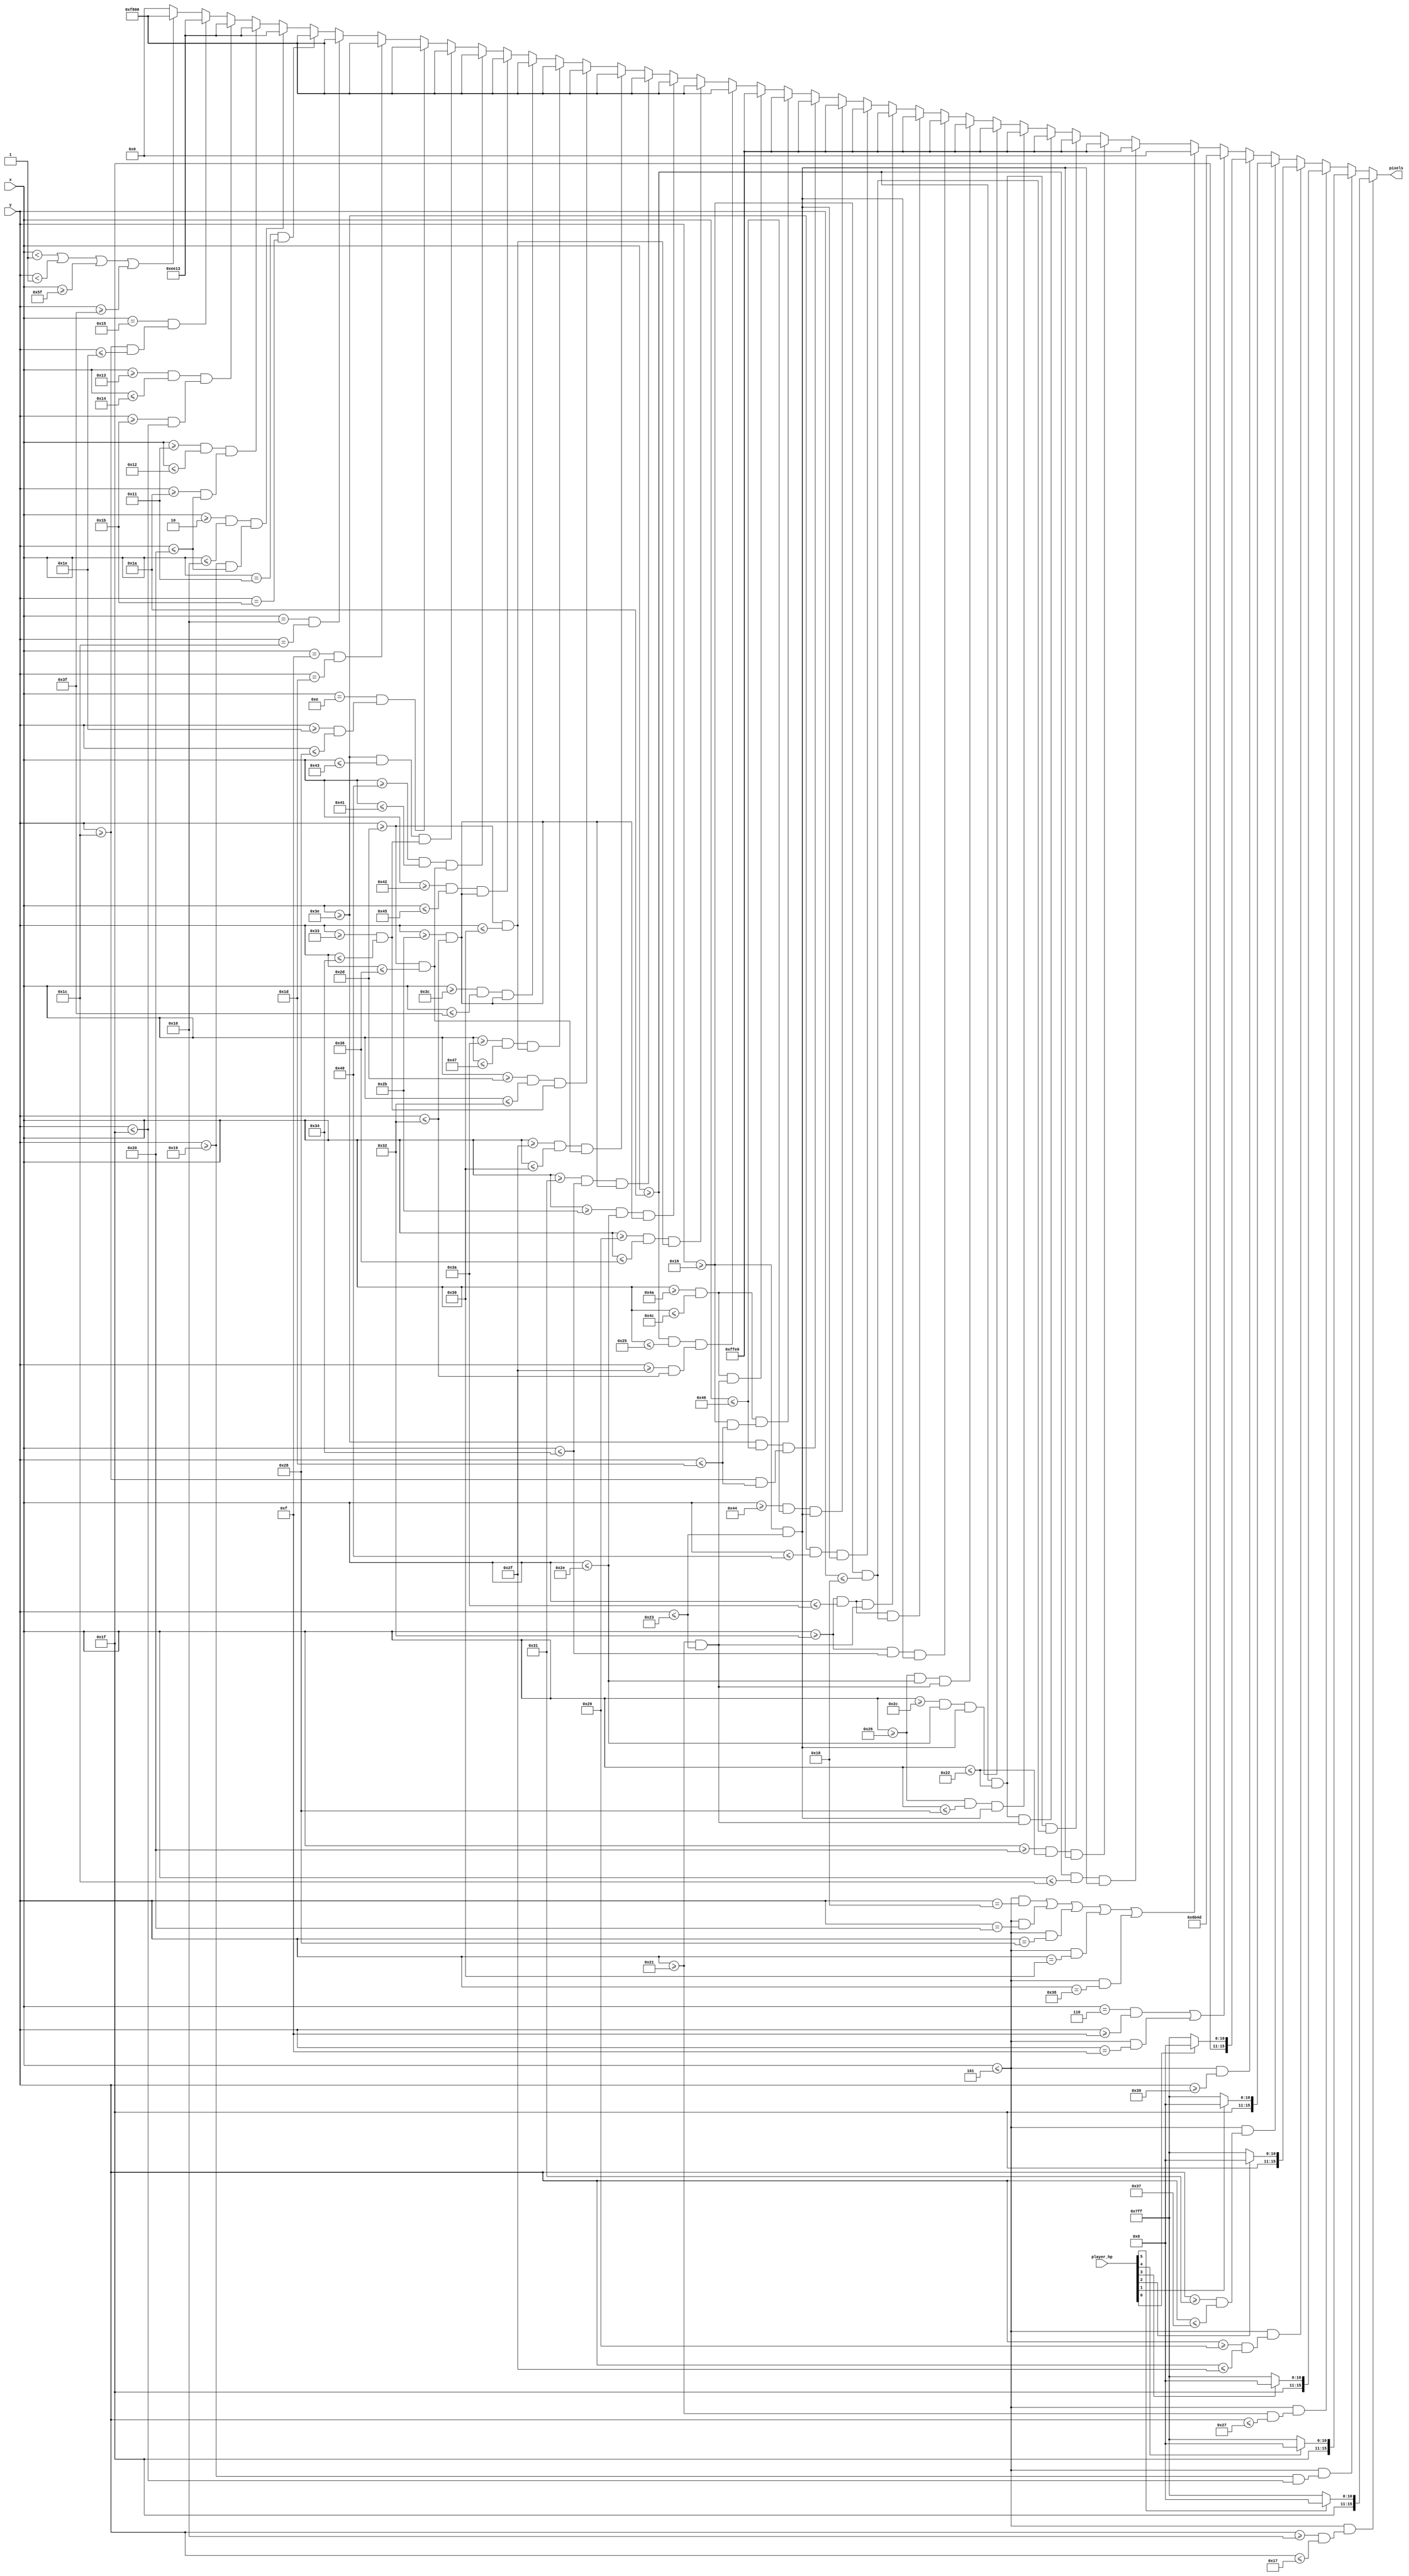
`timescale 1ns / 1ps
//////////////////////////////////////////////////////////////////////////////////
// Company: 
// Engineer: 
// 
// Design Name: 
// Module Name: trap
// Project Name: 
// Target Devices: 
// Tool Versions: 
// Description: 
// 
// Dependencies: 
// 
// Revision:
// Revision 0.01 - File Created
// Additional Comments:
// 
//////////////////////////////////////////////////////////////////////////////////


module trap(
    input [6:0] x,
    input [5:0] y,
    input [5:0] player_hp,
    output reg [15:0] pixels
);

    always @ (*) begin
        // player hp
             if ((x <= 5) && (y >= 16 && y <= 23)) pixels = (player_hp[5]) ? 16'hF800 : 16'hFFFF;
        else if ((x <= 5) && (y >= 25 && y <= 31)) pixels = (player_hp[4]) ? 16'hF800 : 16'hFFFF;
        else if ((x <= 5) && (y >= 33 && y <= 39)) pixels = (player_hp[3]) ? 16'hF800 : 16'hFFFF;
        else if ((x <= 5) && (y >= 41 && y <= 47)) pixels = (player_hp[2]) ? 16'hF800 : 16'hFFFF;
        else if ((x <= 5) && (y >= 49 && y <= 55)) pixels = (player_hp[1]) ? 16'hF800 : 16'hFFFF;
        else if ((x <= 5) && (y >= 57           )) pixels = (player_hp[0]) ? 16'hF800 : 16'hFFFF;
        
        else if ((x == 6 && y >= 15) || (x <= 5 && y == 15)) pixels = 16'h6B4D;
        else if ((x <= 5 && y == 24) || (x <= 5 && y == 32) || (x <= 5 && y == 40) || (x <= 5 && y == 48) || (x <= 5 && y == 56)) pixels = 16'h0000;
        
//        Trap screen
        
//        Texts
        else if ((x >= 26 && x <= 28) && (y >= 22 && y <= 35)) pixels = 16'hFFE0;   
        else if ((x >= 32 && x <= 34) && (y >= 22 && y <= 35)) pixels = 16'hFFE0;
        else if ((x >= 26 && x <= 34) && (y >= 22 && y <= 24)) pixels = 16'hFFE0;  
        else if ((x >= 26 && x <= 34) && (y >= 33 && y <= 35)) pixels = 16'hFFE0;
        else if ((x >= 38 && x <= 40) && (y >= 22 && y <= 35)) pixels = 16'hFFE0;
        else if ((x >= 44 && x <= 46) && (y >= 22 && y <= 35)) pixels = 16'hFFE0;
        else if ((x >= 38 && x <= 46) && (y >= 33 && y <= 35)) pixels = 16'hFFE0;
        else if ((x >= 50 && x <= 52) && (y >= 22 && y <= 35)) pixels = 16'hFFE0;
        else if ((x >= 50 && x <= 58) && (y >= 22 && y <= 24)) pixels = 16'hFFE0;
        else if ((x >= 50 && x <= 58) && (y >= 33 && y <= 35)) pixels = 16'hFFE0;
        else if ((x >= 62 && x <= 64) && (y >= 22 && y <= 35)) pixels = 16'hFFE0;
        else if ((x >= 68 && x <= 70) && (y >= 22 && y <= 35)) pixels = 16'hFFE0;
        else if ((x >= 62 && x <= 70) && (y >= 28 && y <= 29)) pixels = 16'hFFE0;
        else if ((x >= 74 && x <= 76) && (y >= 22 && y <= 29)) pixels = 16'hFFE0;
        else if ((x >= 74 && x <= 76) && (y >= 33 && y <= 35)) pixels = 16'hFFE0;
        
        
//        Red minus
        else if ((x >= 26 && x <= 37) && (y >= 47 && y <= 50)) pixels = 16'hF800;
        
//        Red heart
        else if ((x >= 41 && x <= 54) && (y >= 45 && y <= 48)) pixels = 16'hF800;
        else if ((x >= 43 && x <= 46) && (y >= 43 && y <= 50)) pixels = 16'hF800; 
        else if ((x >= 49 && x <= 52) && (y >= 43 && y <= 50)) pixels = 16'hF800;
        else if ((x >= 47 && x <= 48) && (y >= 45 && y <= 54)) pixels = 16'hF800;
        else if ((x >= 45 && x <= 50) && (y >= 51 && y <= 52)) pixels = 16'hF800;
        
//        Red heart
        else if ((x >= 58 && x <= 71) && (y >= 45 && y <= 48)) pixels = 16'hF800;
        else if ((x >= 60 && x <= 63) && (y >= 43 && y <= 50)) pixels = 16'hF800;
        else if ((x >= 66 && x <= 69) && (y >= 43 && y <= 50)) pixels = 16'hF800;
        else if ((x >= 64 && x <= 65) && (y >= 45 && y <= 54)) pixels = 16'hF800; 
        else if ((x >= 62 && x <= 67) && (y >= 51 && y <= 52)) pixels = 16'hF800;
        
        
//        finger red
        else if ((x == 14) && (y >= 30 && y <= 40))            pixels = 16'hF800;
        else if (x == 15 && y == 29)                           pixels = 16'hF800;
        else if (x == 16 && y == 28)                           pixels = 16'hF800;
        else if (x == 17 && y == 27)                           pixels = 16'hF800;
        
//        finger beige
        else if ((x >= 2 && x <= 16) && (y >= 25 && y <= 32))  pixels = 16'hEE13;
        else if ((x >= 17 && x <= 18) && (y >= 26 && y <= 32)) pixels = 16'hEE13;
        else if ((x >= 19 && x <= 20) && (y >= 27 && y <= 31)) pixels = 16'hEE13;
        else if ((x == 21) && (y >= 28 && y <= 30))            pixels = 16'hEE13;
        
        else if (x < 1 || y < 1 || x >= 95 || y >= 63)                    pixels = 16'hF800;
        else pixels = 16'h0000;
    end

endmodule